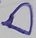
Text: D